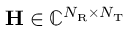
\mathbf { H } \in \mathbb { C } ^ { N _ { \mathrm { R } } \times N _ { \mathrm { T } } }